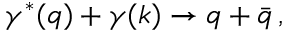
\gamma ^ { * } ( q ) + \gamma ( k ) \rightarrow q + \bar { q } \, ,